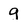
Character: g